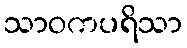
သာဝကပရိသာ